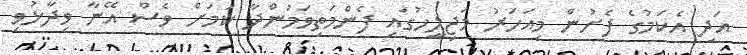
އަދި އެކަމުގެ ފެށުން މިއަހަރު މަޖިލީހުގައި ފެންމަތިވަމުންދާ ކަމަށް ވެސް އޭނާ ވިދާޅުވި